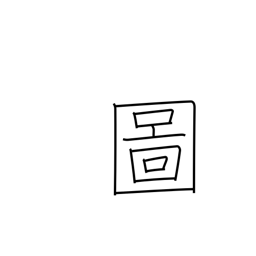
Meaning: drawing